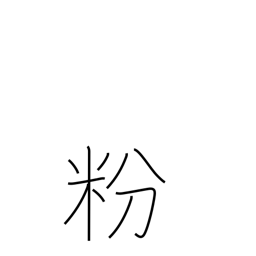
Meaning: flour